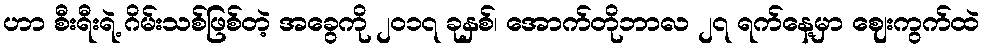
ဟာ စီးရီးရဲ့ ဂိမ်းသစ်ဖြစ်တဲ့ အခွေကို ၂၀၁၇ ခုနှစ်၊ အောက်တိုဘာလ ၂၇ ရက်နေ့မှာ ဈေးကွက်ထဲ